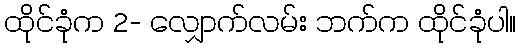
ထိုင်ခုံက 2- လျှောက်လမ်း ဘက်က ထိုင်ခုံပါ။